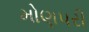
મોણપરી